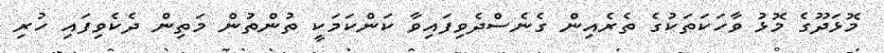
މޮޅަދޫގެ މޮޅު ވާހަކަތަކުގެ ތެރެއިން ގެނެސްދެވިފައިވާ ކަންކަމަކީ ތުންތުން މަތިން ދެކެވިފައި ހުރި